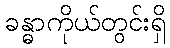
ခန္ဓာကိုယ်တွင်းရှိ